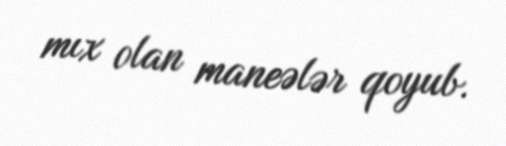
mıx olan maneələr qoyub.